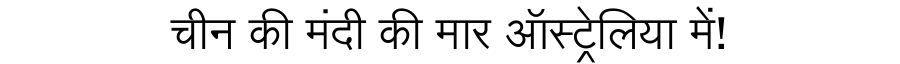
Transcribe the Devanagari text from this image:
चीन की मंदी की मार ऑस्ट्रेलिया में!